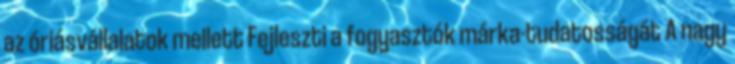
az óriásvállalatok mellett Fejleszti a fogyasztók márka-tudatosságát A nagy